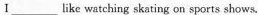
I ___ like watching skating on sports shows.